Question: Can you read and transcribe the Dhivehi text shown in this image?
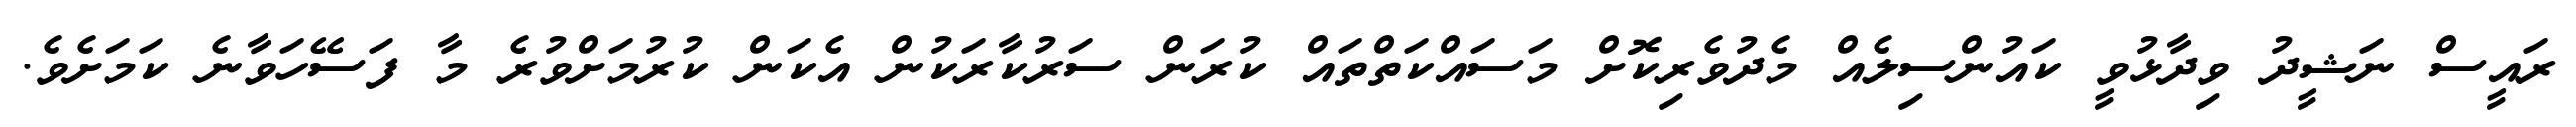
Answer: ރައީސް ނަޝީދު ވިދާޅުވީ ކައުންސިލެއް މެދުވެރިކޮށް މަސައްކަތްތައް ކުރަން ސަރުކާރަކުން އެކަން ކުރުމަށްވުރެ މާ ފަސޭހަވާނެ ކަމަށެވެ.